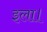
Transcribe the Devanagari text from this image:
इला।